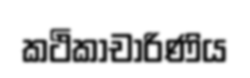
කථිකාචාරිණිය